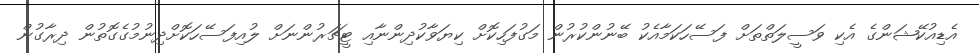
އެޑިއުކޭޝަންގެ އެކި ވަސީލަތްތަށް ފަސޭހަކަމާއެކު ބޭނުންކުރުން މަގުފަހިކޮށް ކިޔަވާކުދިންނާއި ޓީޗަރުންނަށް ލުއިފަސޭހަކޮށްދިނުމުގެގޮތުން ދިރާގުން